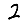
Digit: 2